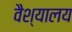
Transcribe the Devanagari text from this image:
वैश्यालय